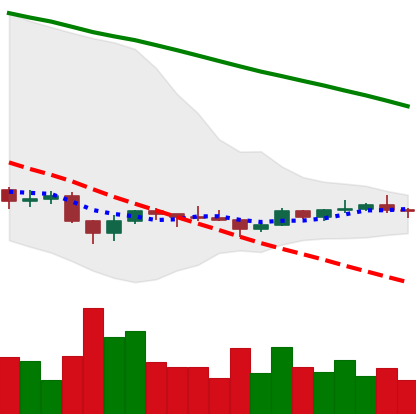
Ticker: ADA-USD
Chart end date: 2022-12-06
Forward return: -3.376%
Label: down_3_5